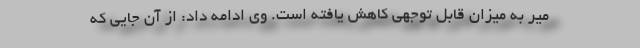
میر به میزان قابل توجهی کاهش یافته است. وی ادامه داد: از آن جایی که